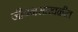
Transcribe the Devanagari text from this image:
जीवनसाखळीत